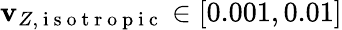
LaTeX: \mathbf{v}_{Z,\mathrm{{~i~s~o~t~r~o~p~i~c~}}}\in[0.001,0.01]